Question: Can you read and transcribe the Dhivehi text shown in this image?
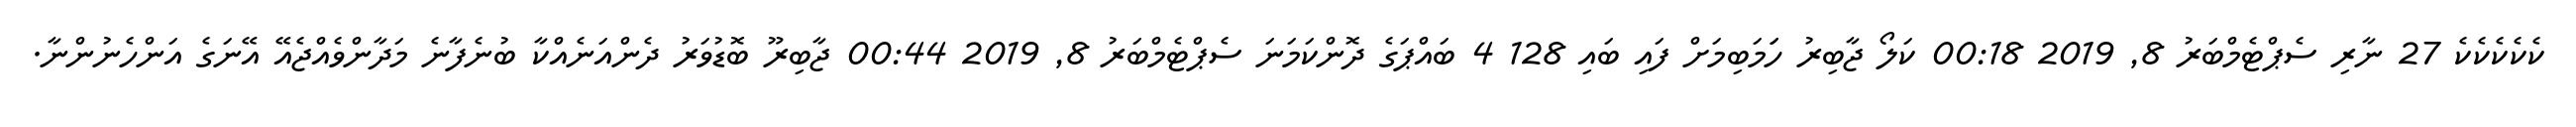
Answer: ކެކެކެކެކެ 27 ނާރި ސެޕްޓެމްބަރު 8, 2019 00:18 ކަލޯ ޖާބިރު ހަަމަބިމަށް ފައި ބައި 128 4 ބައްޕަގެ ދޮންކަމަނަ ސެޕްޓެމްބަރު 8, 2019 00:44 ޖާބިރޫ ބޮޑުވަރު ދެންއަނެއްކާ ބުނެފާނެ މަދާންވެއްޖެއޭ އޭނަގެ އަންހެނުންނާ.